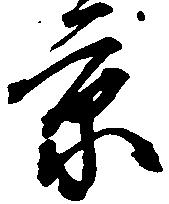
京